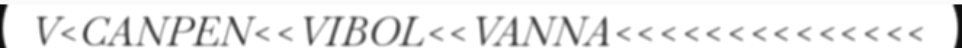
V<CANPEN<<VIBOL<<VANNA<<<<<<<<<<<<<<